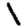
Digit: 1